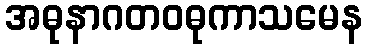
အဓုနာဂတဝဓုကာသမေန